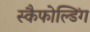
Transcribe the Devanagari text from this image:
स्कैफोल्डिंग